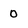
Character: 0